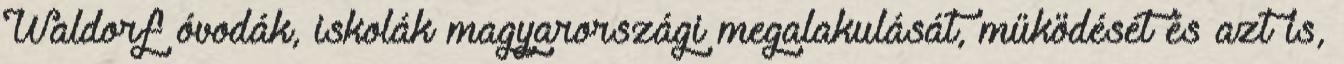
Waldorf óvodák, iskolák magyarországi megalakulását, működését és azt is,